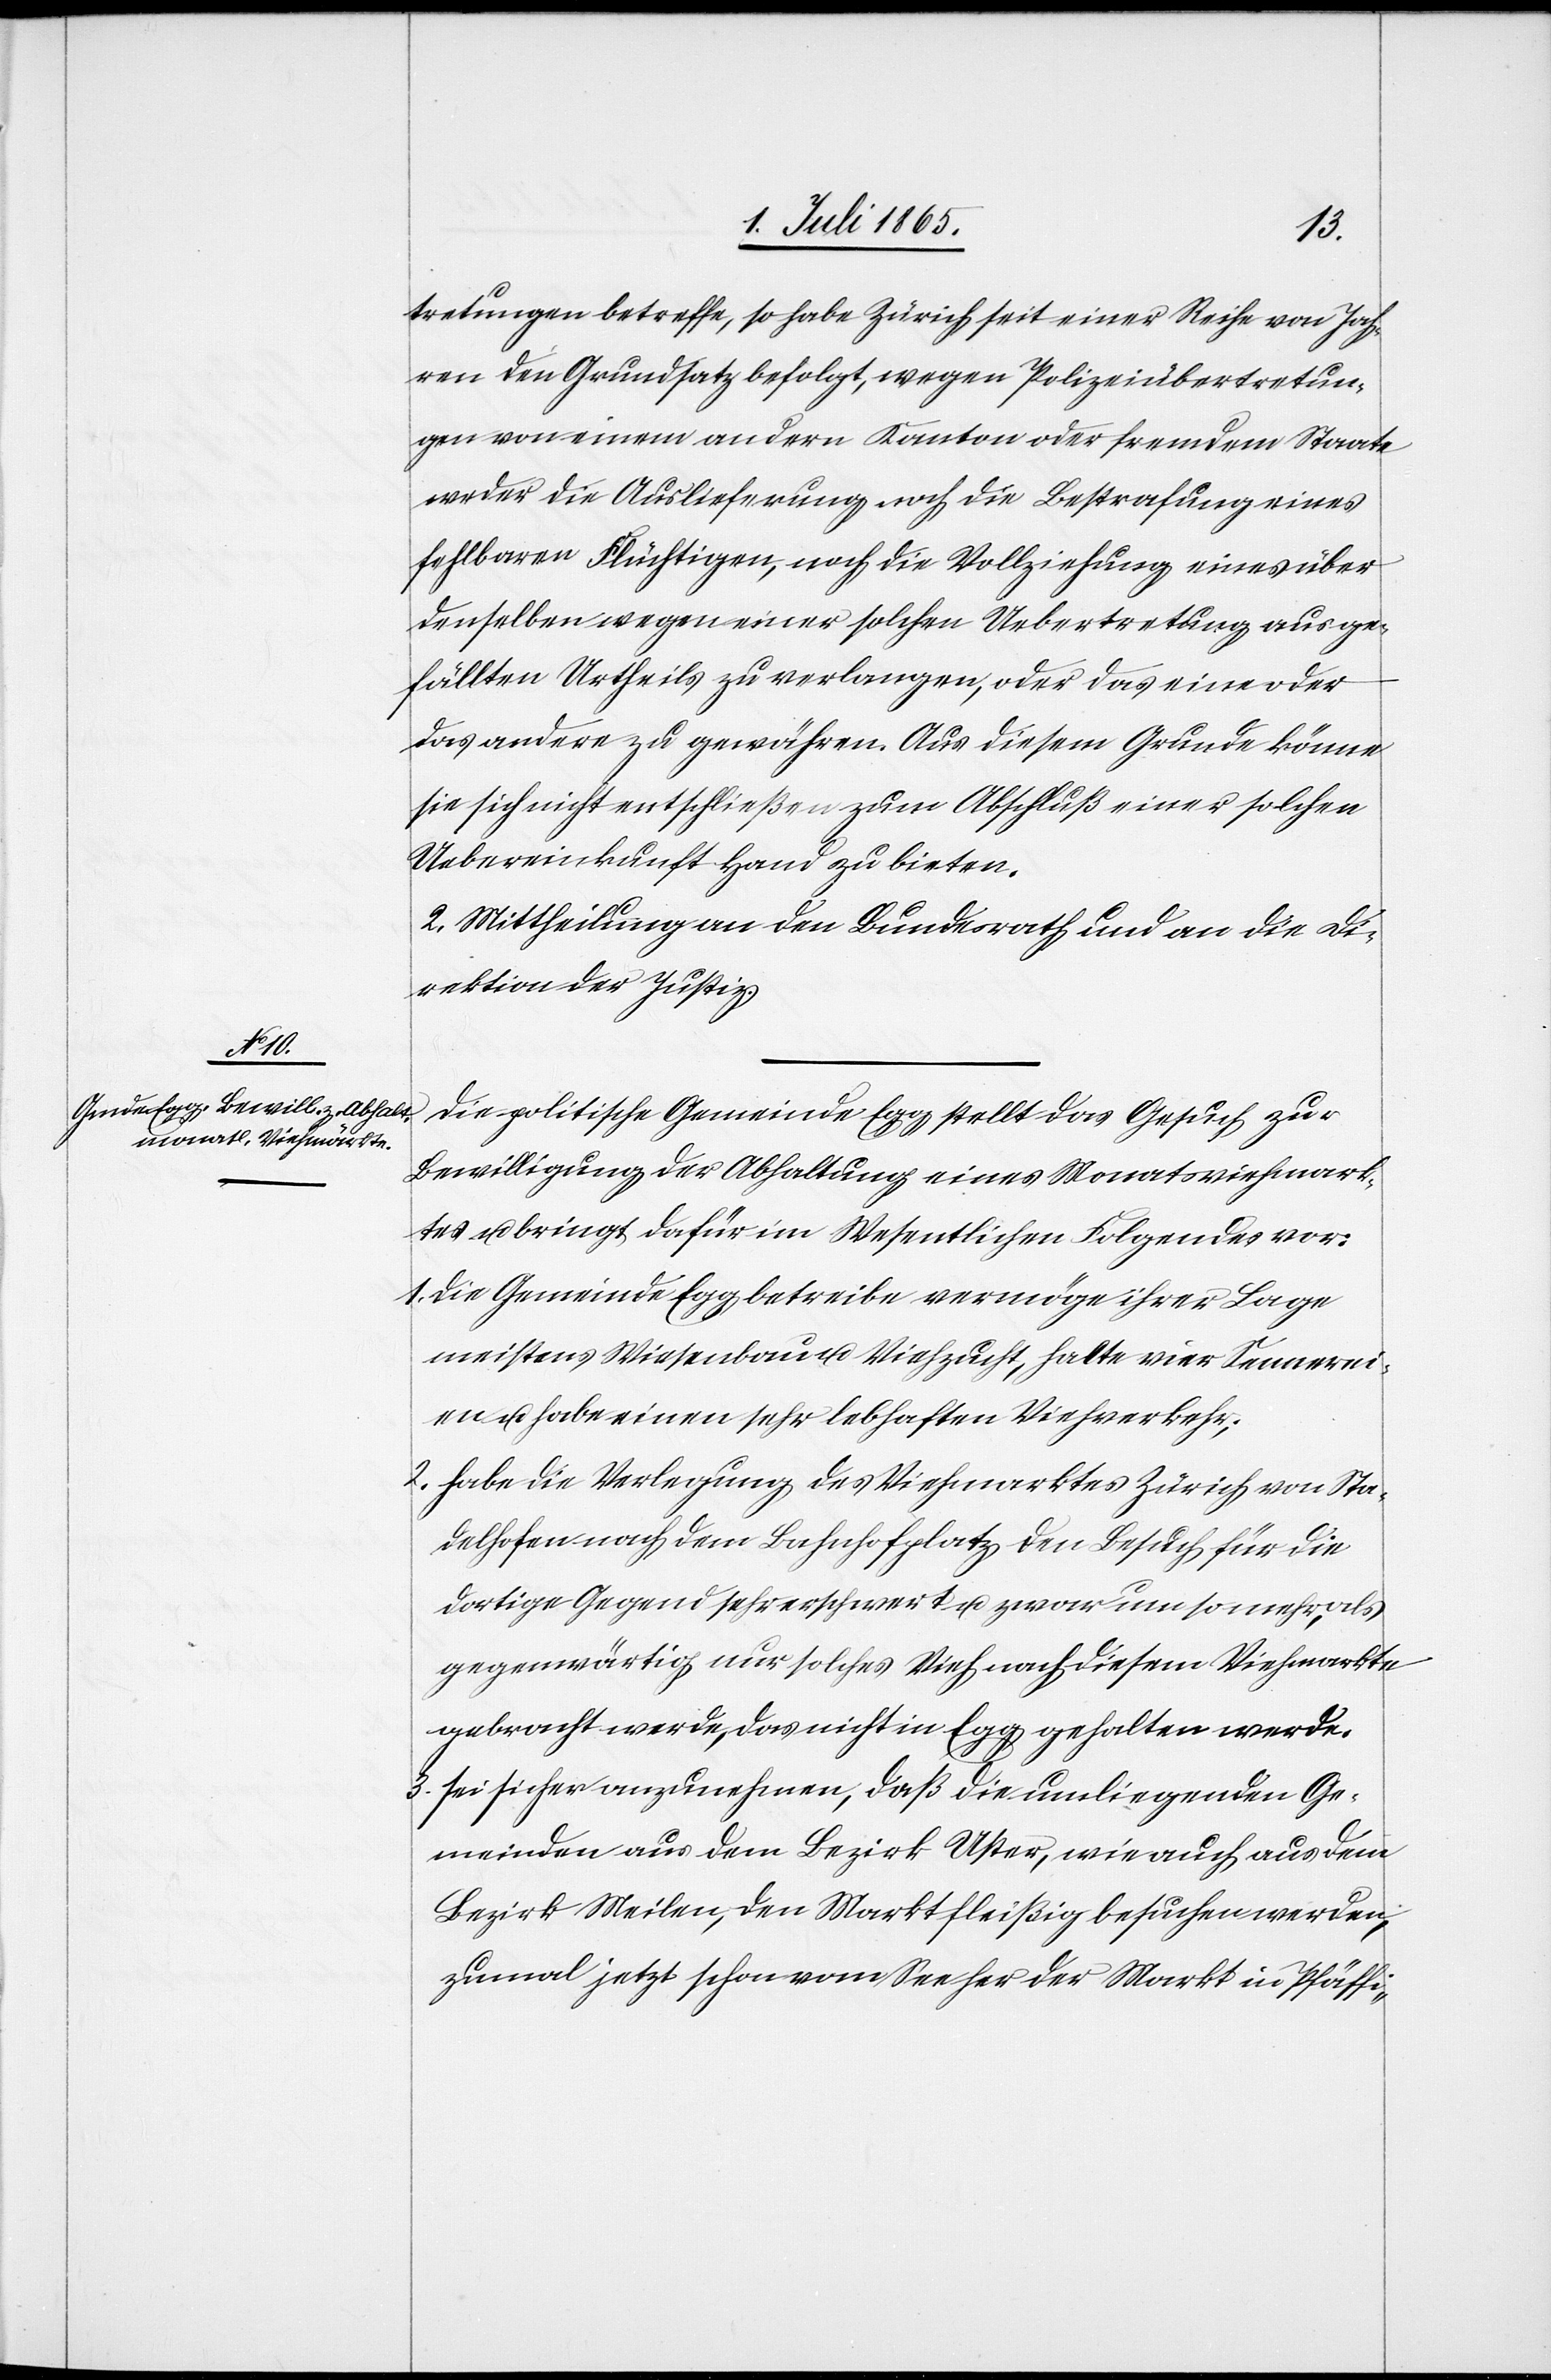
tretungen betreffe, so habe Zürich seit einer Reihe von Jah¬
ren den Grundsatz befolgt, wegen Polizeiübertretun¬
gen von einem andern Kanton oder fremdem Staate
weder die Auslieferung noch die Bestrafung eines
fehlbaren Flüchtigen, noch die Vollziehung eines über
denselben wegen einer solchen Uebertretung ausge¬
fällten Urtheils zu verlangen, oder das eine oder
das andere zu gewähren. Aus diesem Grunde könne
sie sich nicht entschließen zum Abschluß einer solchen
Uebereinkunft Hand zu bieten.
2. Mittheilung an den Bundesrath und an die Di¬
rektion der Justiz.
Die politische Gemeinde Egg stellt das Gesuch zur
Bewilligung der Abhaltung eines Monatsviehmark¬
tes u. bringt dafür im Wesentlichen Folgendes vor:
1. Die Gemeinde Egg betreibe vermöge ihrer Lage
meistens Wiesenbau u. Viehzucht, halte vier Sennerei¬
en u. habe einen sehr lebhaften Viehverkehr;
2. habe die Verlegung des Viehmarktes Zürich von Sta¬
delhofen nach dem Bahnhofplatz den Besuch für die
dortige Gegend sehr erschwert u. zwar um so mehr, als
gegenwärtig nur solches Vieh nach diesem Viehmarkte
gebracht werde, das nicht in Egg gehalten werde.
3. sei sicher anzunehmen, daß die umliegenden Ge¬
meinden aus dem Bezirk Uster, wie auch aus dem
Bezirk Meilen, den Markt fleißig besuchen werden,
zumal jetzt schon vom See her der Markt in Pfäffi-